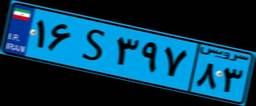
۱۶S۳۹۷۸۳